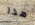
هذا